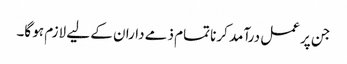
جن پر عمل درآمد کرنا تمام ذمے داران کے لیے لازم ہو گا۔